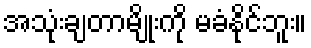
အသုံးချတာမျိုးကို မခံနိုင်ဘူး။